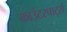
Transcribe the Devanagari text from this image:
काउंटरपार्ट्स